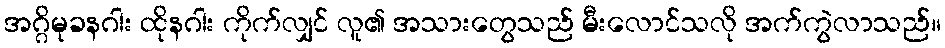
အဂ္ဂိမုခနဂါး ထိုနဂါး ကိုက်လျှင် လူ၏ အသားတွေသည် မီးလောင်သလို အက်ကွဲလာသည်။